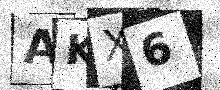
Text: AKX6